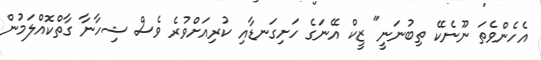
އެހެންވެތަ ނޫނެކޭ ތިބުނަނީ" ޒީކް އޭނަގެ ހަށިގަނޑާއި ކުރިއަށްވުރެ ވެސް ޝިހާނާ ގާތްކޮއްލަމުން